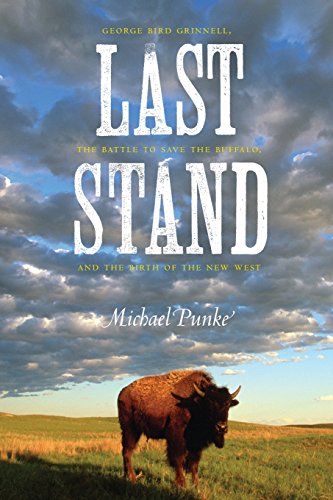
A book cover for Last Stand: George Bird Grinnell, the Battle to Save the Buffalo, and the Birth of the New West; Michael Punke; Science & Math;